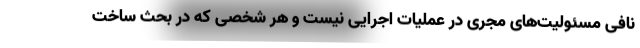
نافی مسئولیت‌های مجری در عملیات اجرایی نیست و هر شخصی که در بحث ساخت